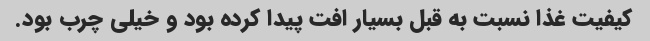
کیفیت غذا نسبت به قبل بسیار افت پیدا کرده بود و خیلی چرب بود.